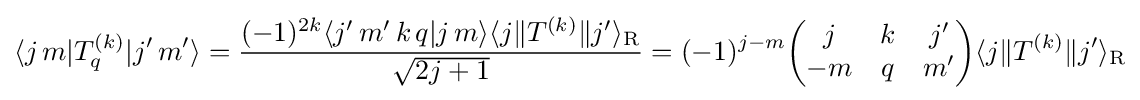
\langle j\,m|T_{q}^{(k)}|j'\,m'\rangle ={\frac {(-1)^{2k}\langle j'\,m'\,k\,q|j\,m\rangle \langle j\|T^{(k)}\|j'\rangle _{\mathrm {R} }}{\sqrt {2j+1}}}=(-1)^{j-m}{\begin{pmatrix}j&k&j'\\-m&q&m'\end{pmatrix}}\langle j\|T^{(k)}\|j'\rangle _{\mathrm {R} }